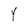
Character: Y